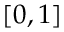
[ 0 , 1 ]